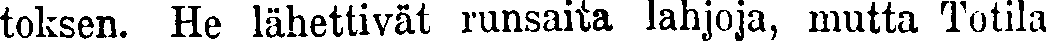
toksen. He lähettivät runsaita lahjoja, mutta Totila